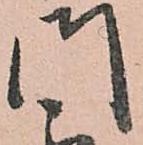
門